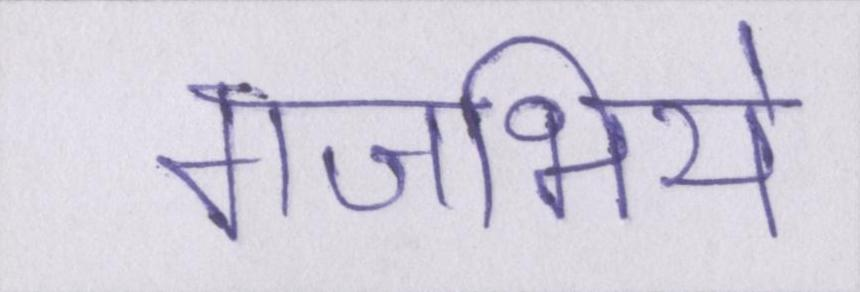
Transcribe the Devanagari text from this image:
गजभिये